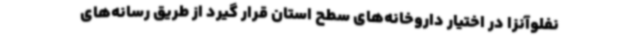
نفلوآنزا در اختیار داروخانه‌های سطح استان قرار گیرد از طریق رسانه‌های